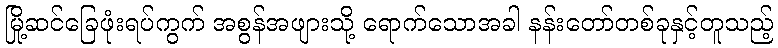
မြို့ဆင်ခြေဖုံးရပ်ကွက် အစွန်အဖျားသို့ ရောက်သောအခါ နန်းတော်တစ်ခုနှင့်တူသည့်